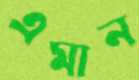
এমান